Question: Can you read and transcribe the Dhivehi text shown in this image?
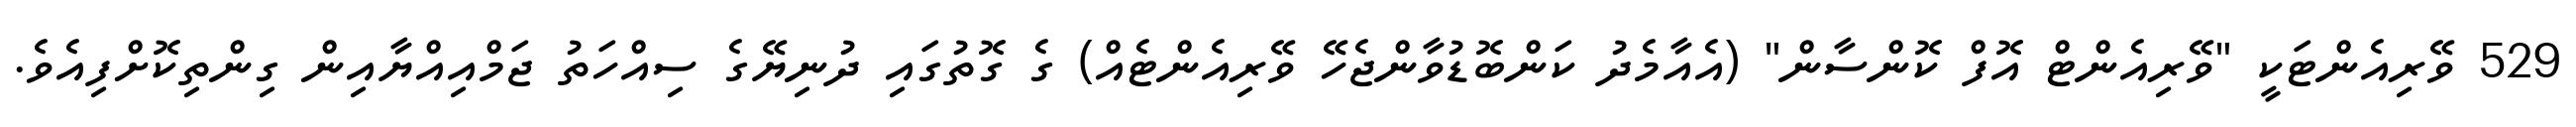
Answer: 529 ވޭރިއެންޓަކީ "ވޭރިއެންޓް އޮފް ކޮންސާން" (އެއާމެދު ކަންބޮޑުވާންޖެހޭ ވޭރިއެންޓެއް) ގެ ގޮތުގައި ދުނިޔޭގެ ސިއްހަތު ޖަމްއިއްޔާއިން ގިންތިކޮށްފިއެވެ.